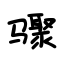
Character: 骤